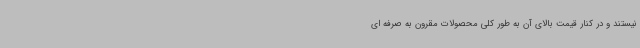
نیستند و در کنار قیمت بالای آن به طور کلی محصولات مقرون به صرفه ای